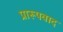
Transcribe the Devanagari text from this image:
प्रारूपवाद